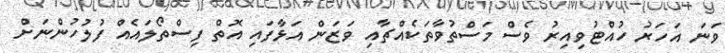
ވަނަ އަހަރު ހުއްޓުވިއިރު ވެސް މަސްތުވާތަކެއްޗާއި ވަޒަން އަޅާފައި އޮތް ފިސްތޯލައެއް ފުލުހުންނަށް